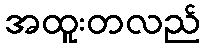
အထူးတလည်